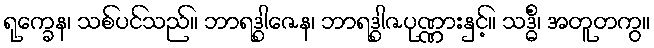
ရုက္ခေန၊ သစ်ပင်သည်။ ဘာရဒွါဇေန၊ ဘာရဒွါဇပုဏ္ဏားနှင့်။ သဒ္ဓိံ၊ အတူတကွ။